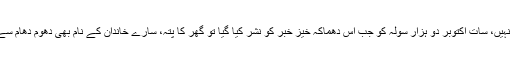
یہ واقعہ اتنا پرانا نہیں، سات اکتوبر دو ہزار سولہ کو جب اس دھماکہ خیز خبر کو نشر کیا گیا تو گھر کا پتہ، سارے خاندان کے نام بھی دھوم دھام سے نشر کیے گئے۔